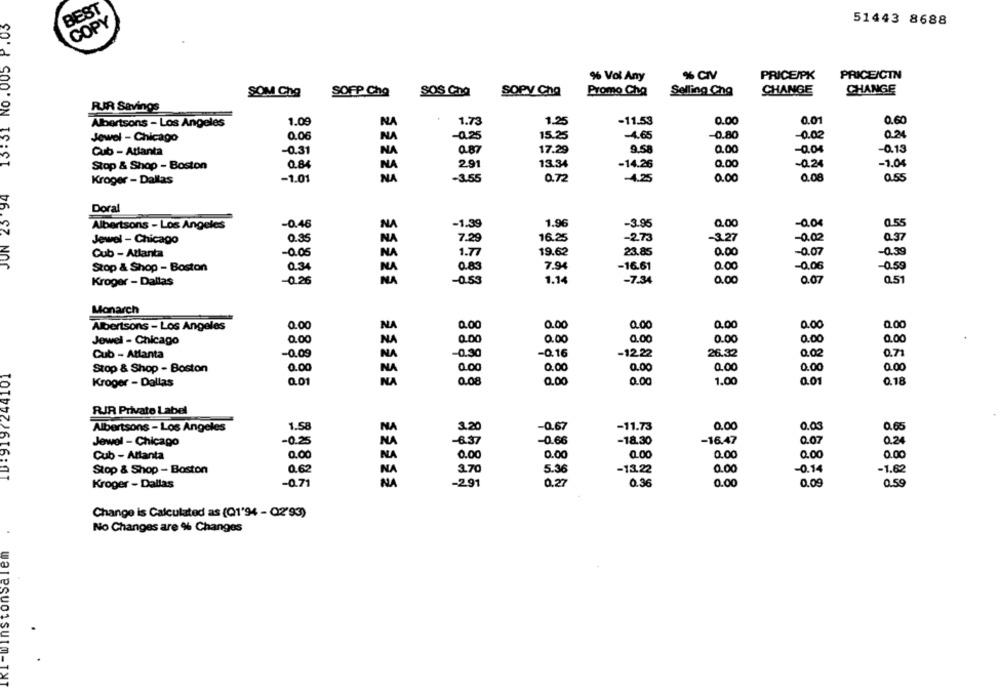
BEST
13:31 No.005 P.03
51443 8688
COPY
% Vol Any
% CIV
PRICEJPK
PRICE/CTN
SOPY Cha
CHANGE
CHANGE
SOM Cho
SOFP Cha
SOS Cang
Promo Cha
Selling Chg
RIR Savings
Albertsons - Los Angeles
1.09
NA
1.73
1.25
-11.53
0.00
0.01
0.60
Jewel - Chicago
0.06
NA
-0.25
15.25
-4.65
-0.80
-0.02
0.34
Cub - Atlanta
-0.31
NA
0.87
17.29
9.58
0.00
-0.04
-0.13
Stop & Shop - Boston
0.84
NA
2.91
13.34
-14.26
0.00
-0.24
-1.04
Kroger - Dallas
-1.01
NA
-3.55
0.72
-4.25
0.00
0.08
0.55
JUN 23 94
Doral
-1.39
1.96
-3.95
0.00
-0.04
0.55
Albertsons - Los Angeles
-0.46
NA
Jewel - Chicago
0.35
NA
7.29
16.25
-2.73
-3.27
-0.02
0.37
-0.39
Cub - Atlanta
-0.05
NA
1.7
19.62
23.85
0.00
-0.07
Stop & Shop - Boston
0.34
NA
0.83
7.94
-16.61
0.00
-0.06
-0.59
Kroger - Dallas
-0.26
NA
-0.53
1.14
-7.34
0.00
0.07
0.51
Monarch
Albertsons - Los Angeles
0.00
0.00
0.00
0.00
0.00
0.00
0,00
NA
Jewel - Chicago
0.00
NA
0.00
0.00
0.00
0.00
0.00
0.00
Cub - Atlanta
-0.09
NA
-0.30
-0.16
-12.22
26.32
0.02
0.71
ID:9197244101
Stop & Shop - Boston
0.00
NA
0.00
0.00
0.00
0.00
0.00
0.00
Kroger - Dallas
0.01
NA
Q.08
0.00
0.00
1.00
0.01
0.18
RIR Privato Label
Albertsons - Los Angeles
1.58
NA
3.20
-0.67
-11.73
0.00
0.03
0.65
Jewel - Chicago
-0.25
NA
-6.37
-0.66
-18.30
-16.47
0.07
0.24
Cub - Attanta
0.00
NA
0.00
0.00
0.00
0.00
0.00
0.00
Stop & Shop - Boston
0.62
NA
3.70
5.36
-13.22
0.00
-0.14
-1.62
Kroger - Dallas
-0.71
NA
-291
0.27
0.36
0.00
0.09
0.59
Change is Calculated as (Q1'94 - Q2'93)
No Changes are % Changes
instonsalem